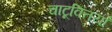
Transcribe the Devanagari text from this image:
चाटूक्तियाँ